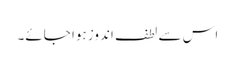
اس سے لطف اندوز ہوا جائے۔